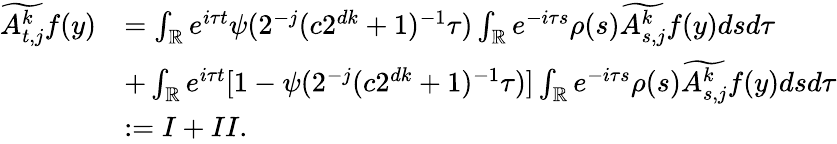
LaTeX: \begin{array}{rl}{\widetilde{A_{t,j}^{k}}f(y)}&{=\int_{\mathbb{R}}e^{i\tau t}\psi(2^{-j}(c2^{dk}+1)^{-1}\tau)\int_{\mathbb{R}}e^{-i\tau s}\rho(s)\widetilde{A_{s,j}^{k}}f(y)dsd\tau}\\ {\quad\quad}&{+\int_{\mathbb{R}}e^{i\tau t}[1-\psi(2^{-j}(c2^{dk}+1)^{-1}\tau)]\int_{\mathbb{R}}e^{-i\tau s}\rho(s)\widetilde{A_{s,j}^{k}}f(y)dsd\tau}\\ &{:=I+II.}\end{array}